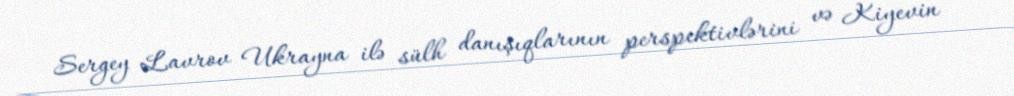
Sergey Lavrov Ukrayna ilə sülh danışıqlarının perspektivlərini və Kiyevin